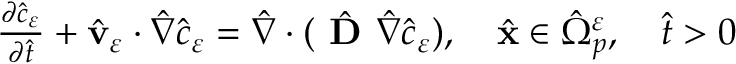
\begin{array} { r } { \frac { \partial { \hat { c } } _ { \varepsilon } } { \partial { \hat { t } } } + \hat { \mathbf v } _ { \varepsilon } \cdot { \hat { \nabla } } \hat { c } _ { \varepsilon } = { \hat { \nabla } } \cdot ( \hat { \textbf { D } } { \hat { \nabla } } \hat { c } _ { \varepsilon } ) , \quad \hat { \mathbf x } \in { \hat { \Omega } } _ { p } ^ { \varepsilon } , \quad \hat { t } > 0 } \end{array}